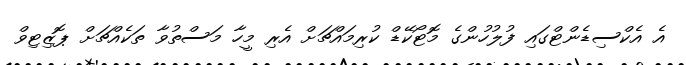
އެ އެކްސިޑެންޓްގައި ފުލުހުންގެ މޮޓޯކޭޑް ކުރިމައްޗަށް އެރި މީހާ މަސްތުވާ ތަކެއްޗަށް ޕޮޒިޓިވް